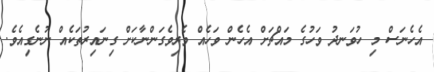
އެހެނަސް މި ހުވަނދު ވަހުގެ މައްޗަށް އެހެން ވަހެއް ވެރިވެގަންނާކަށް ގިނައިރުތަކެއް ނުނެގިއެވެ.